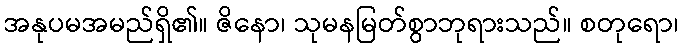
အနုပမအမည်ရှိ၏။ ဇိနော၊ သုမနမြတ်စွာဘုရားသည်။ စတုရော၊